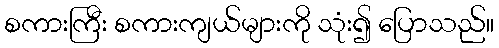
စကားကြီး စကားကျယ်များကို သုံး၍ ပြောသည်။